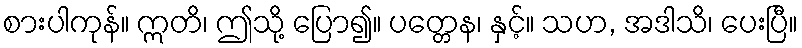
စားပါကုန်။ ဣတိ၊ ဤသို့ ပြော၍။ ပတ္တေန၊ နှင့်။ သဟ, အဒါသိ၊ ပေးပြီ။